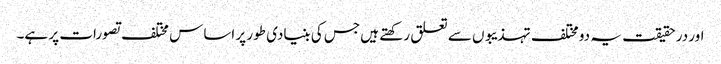
اور در حقیقت یہ دو مختلف تہذیبوں سے تعلق رکھتے ہیں جس کی بنیادی طور پر اساس مختلف تصورات پر ہے۔